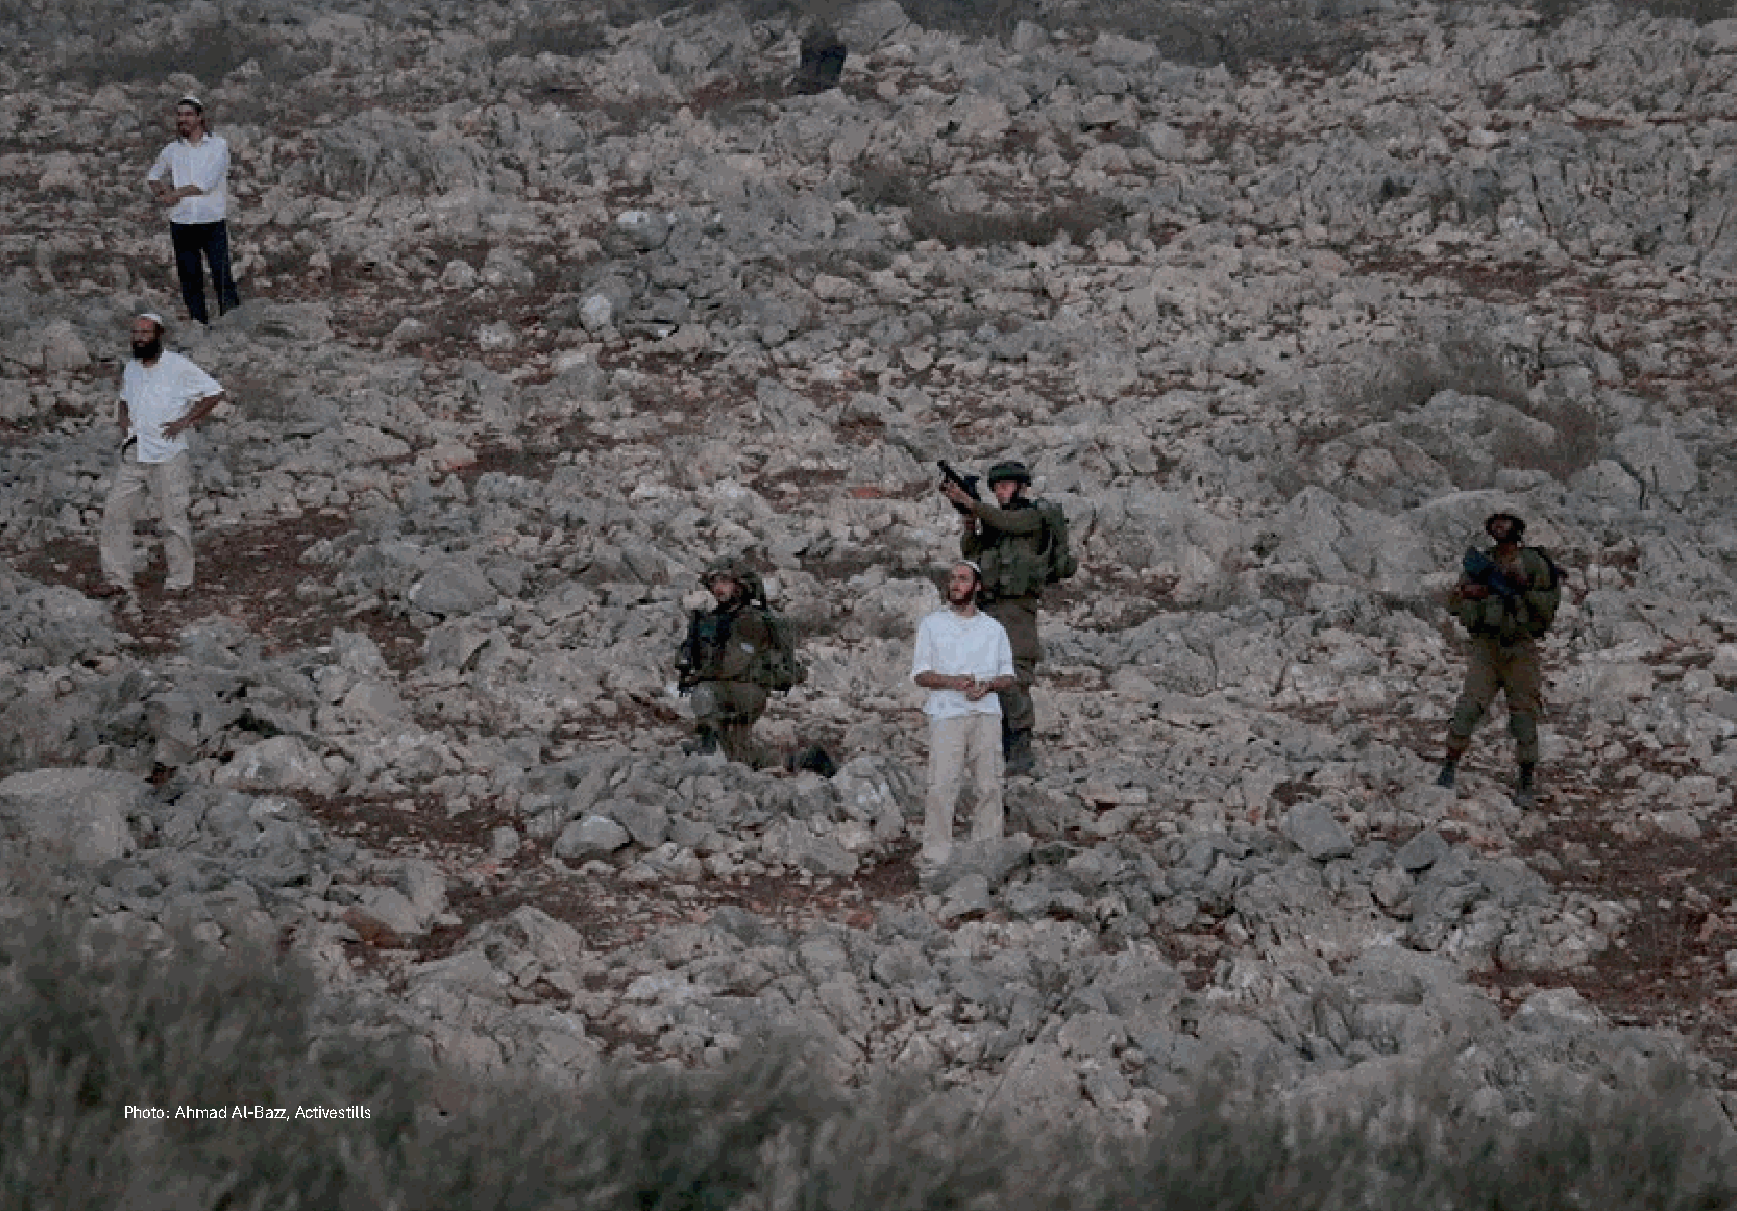
Photo: Ahmad Al-Bazz, Activestills
 16                                                        17